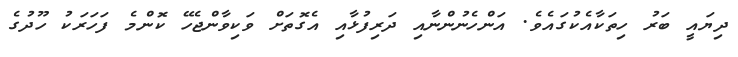
ދިޔައީ ބަރު ހިތަކާއެކުގައެވެ. އަންހެނުންނާއި ދަރިފުޅާއި އެގޮތަށް ވަކިވާންޖެހޭ ކޮންމެ ފަހަރަކު ހޫދުގެ